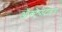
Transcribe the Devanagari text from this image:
औक्ट्रेयोटाइड